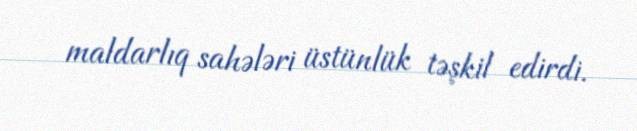
maldarlıq sahələri üstünlük təşkil edirdi.